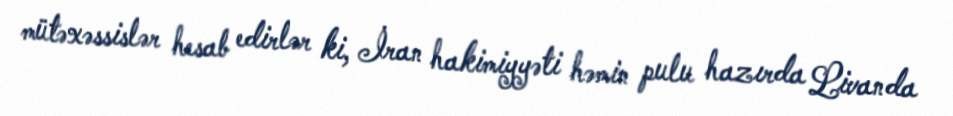
mütəxəssislər hesab edirlər ki, İran hakimiyyəti həmin pulu hazırda Livanda